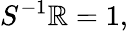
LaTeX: S^{-1}\mathbb{R}=1,